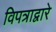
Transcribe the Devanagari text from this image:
विपत्राद्वारे